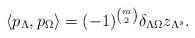
LaTeX: \begin{gather*}\langle p_\Lambda, p_\Omega \rangle=(-1)^{\binom{m}{2}} \delta_{\Lambda \Omega}z_{\Lambda^s}.\end{gather*}